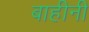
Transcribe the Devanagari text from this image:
बाहीनी